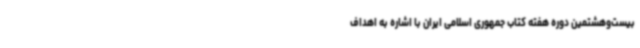
بیست‌وهشتمین دوره هفته کتاب جمهوری اسلامی ایران با اشاره به اهداف